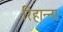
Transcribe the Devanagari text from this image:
रिहान्ना